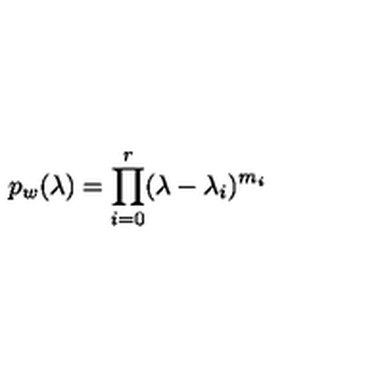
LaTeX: p _ { w } ( \lambda ) = \prod _ { i = 0 } ^ { r } ( \lambda - \lambda _ { i } ) ^ { m _ { i } }